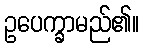
ဥပေက္ခာမည်၏။